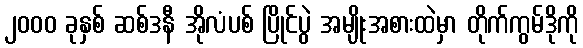
၂၀၀၀ ခုနှစ် ဆစ်ဒနီ အိုလံပစ် ပြိုင်ပွဲ အမျိုးအစားထဲမှာ တိုက်ကွမ်ဒိုကို